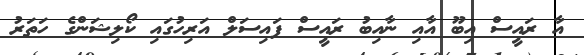
އާ ރައީސް އިބޫ އާއި ނާއިބު ރައީސް ފައިސަލް އަރިހުގައި ކޯލިޝަންގެ ހަތަރު